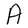
Character: A